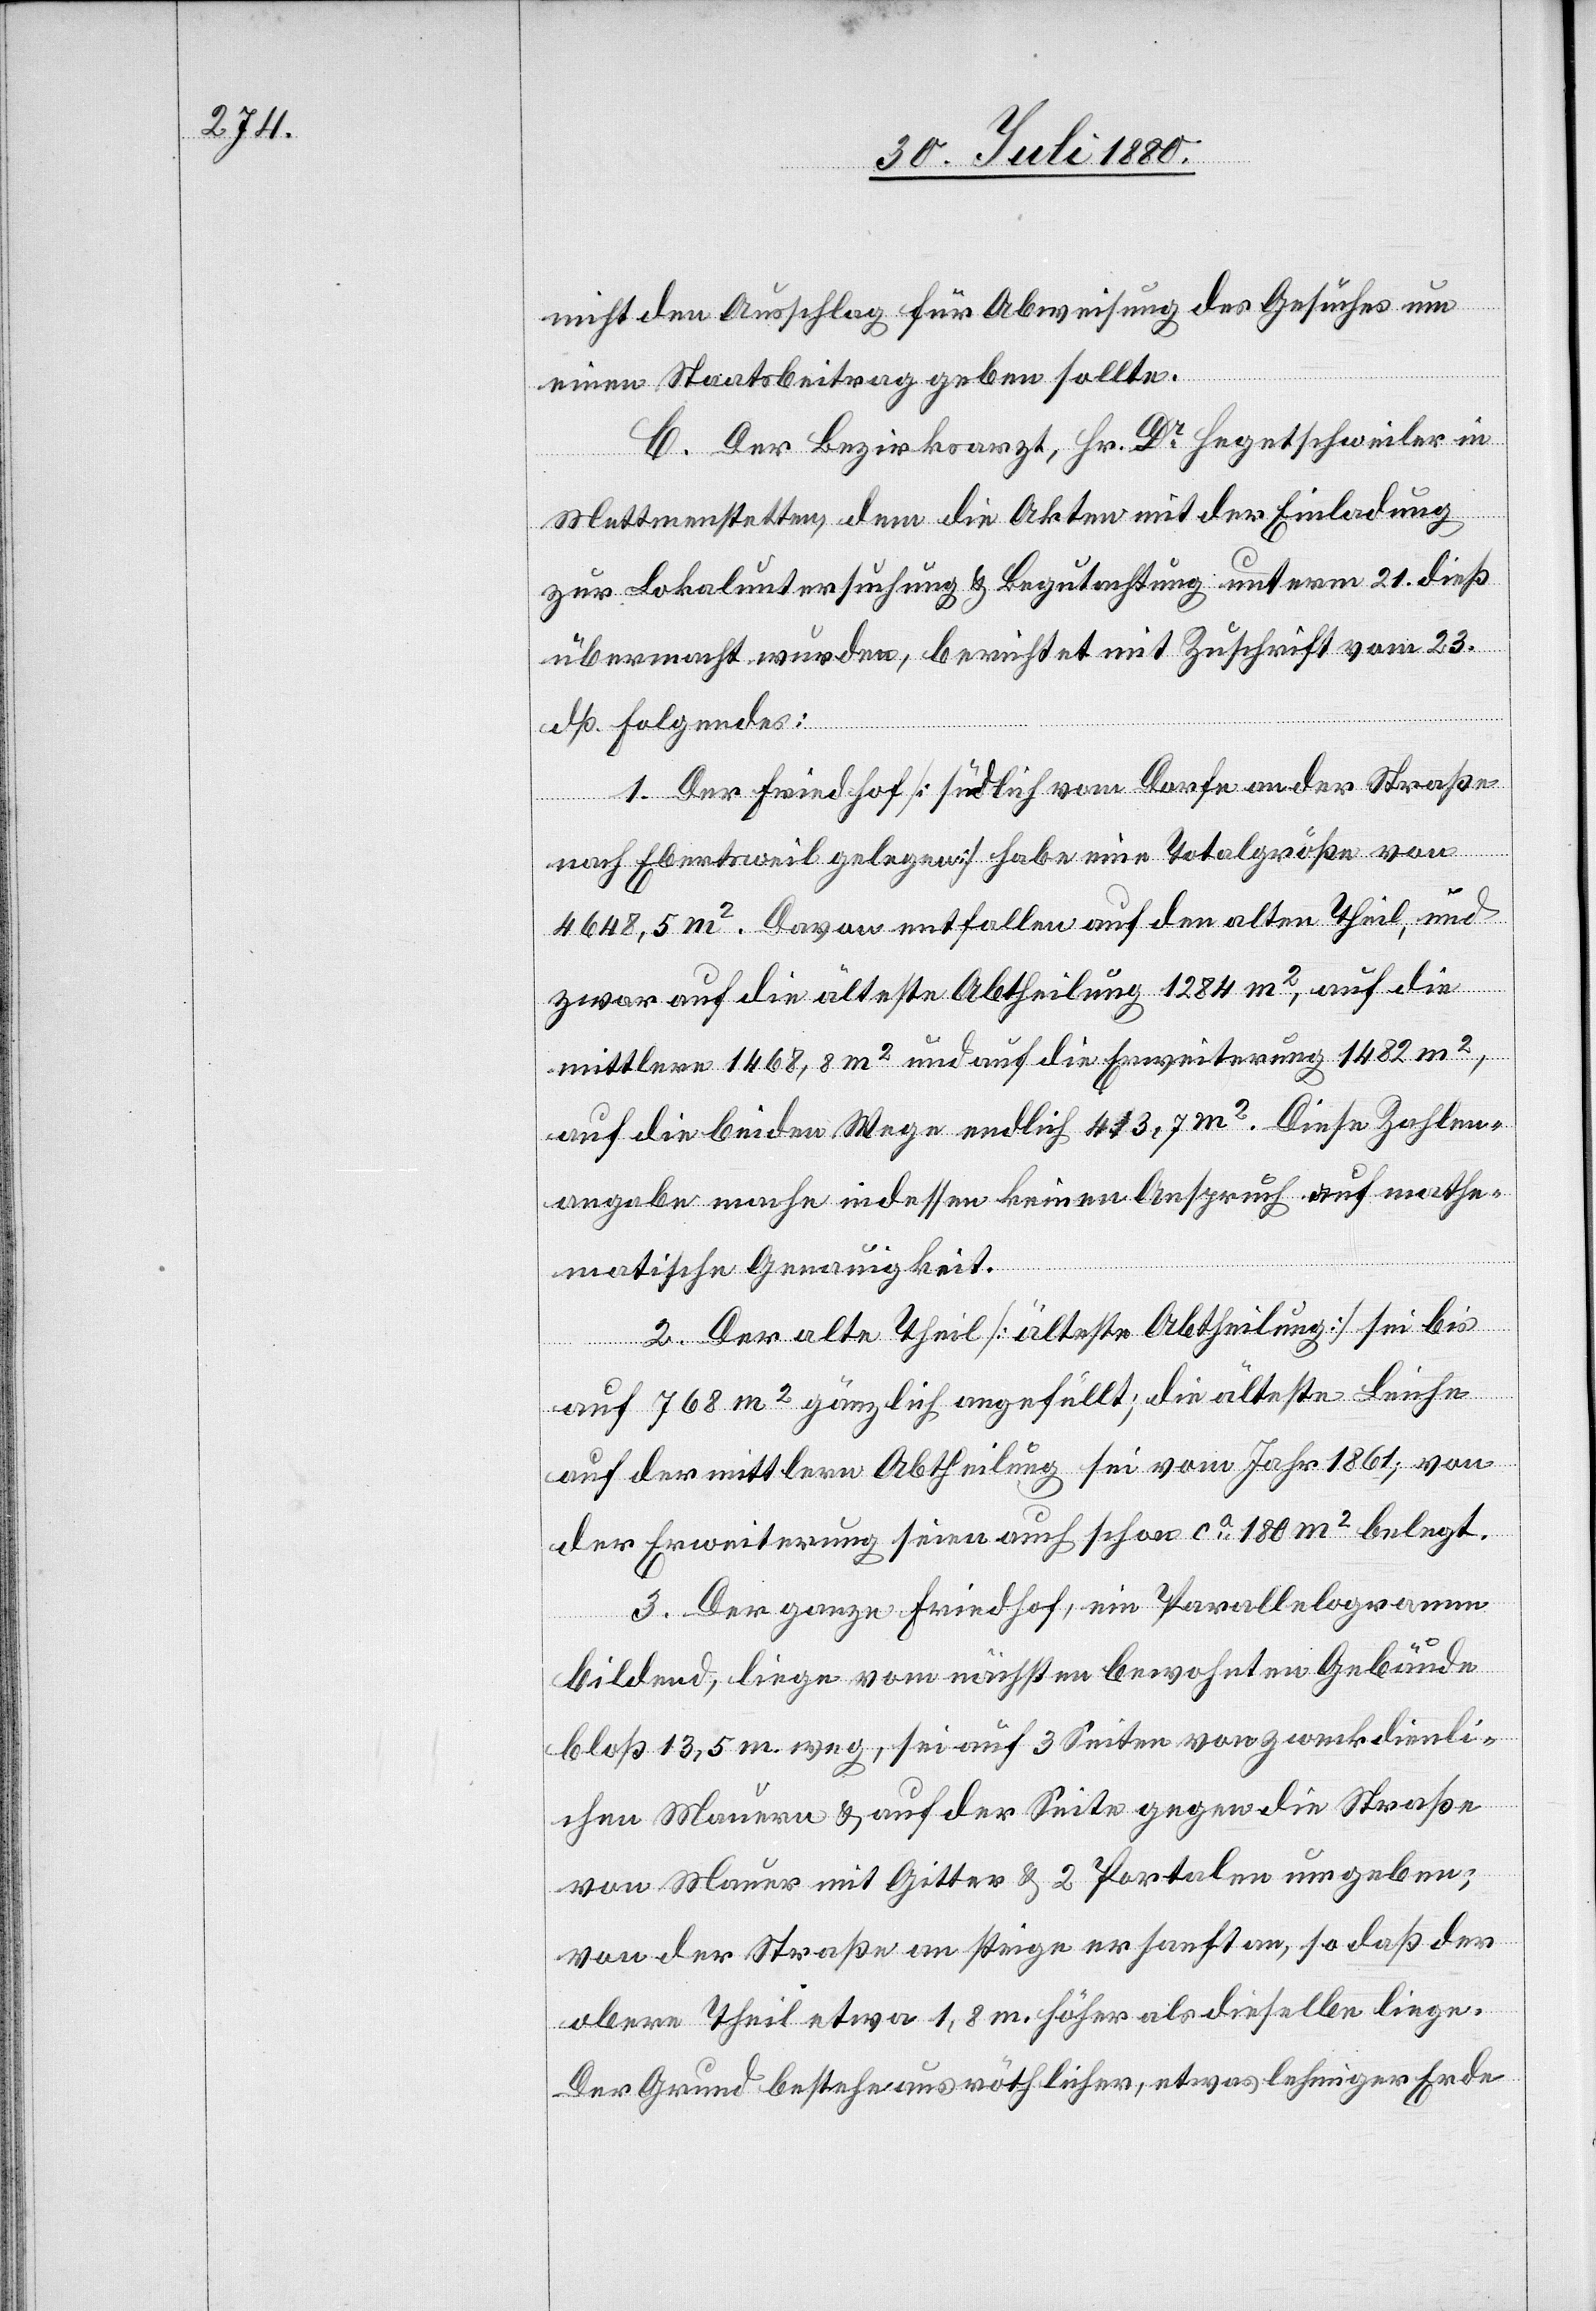
nicht den Ausschlag für Abweisung des Gesuches um
einen Staatsbeitrag geben sollte.
C. Der Bezirksarzt, Hr. Dr Hegetschweiler in
Mettmenstetten, dem die Akten mit der Einladung
zur Lokaluntersuchung & Begutachtung unterm 21. dieß
übermacht wurden, berichtet mit Zuschrift vom 23.
dß. Folgendes:
1. Der Friedhof [südlich vom Dorfe an der Straße
nach Ebertsweil gelegen] habe eine Totalgröße von
4648,5 m2. Davon entfallen auf den alten Theil, und
zwar auf die älteste Abtheilung 1284 m2, auf die
mittlere 1468,8 m2 und auf die Erweiterung 1482 m2,
auf die beiden Wege endlich 413,7 m2. Diese Zahlen¬
angaben mache indessen keinen Anspruch auf mathe¬
matische Genauigkeit.
2. Der alte Theil [älteste Abtheilung] sei bis
auf 768 m2 gänzlich angefüllt; die älteste Leiche
auf der mittlern Abtheilung sei vom Jahr 1861; von
der Erweiterung seien auch schon ca 180 m2 belegt.
3. Der ganze Friedhof, ein Parallelogramm
bildend, liege vom nächsten bewohnten Gebäude
bloß 13,5 m weg, sei auf 3 Seiten von zweckdienli¬
chen Mauern & auf der Seite gegen die Straße
von Mauer mit Gitter & 2 Portalen umgeben;
von der Straße an stiege er sanft an, so daß der
obere Theil etwa 1,8 m. höher als dieselben liege.
Der Grund bestehe aus röthlicher, etwas lehmiger Erde